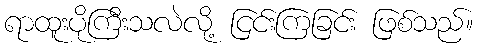
ရာထူးပိုကြီးသလဲလို့ ငြင်းကြခြင်း ဖြစ်သည်။